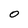
Character: O